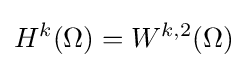
H^{k}(\Omega )=W^{k,2}(\Omega )